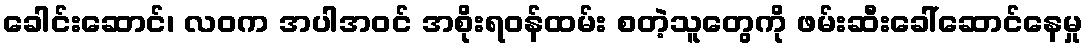
ခေါင်းဆောင်၊ လဝက အပါအဝင် အစိုးရဝန်ထမ်း စတဲ့သူတွေကို ဖမ်းဆီးခေါ်ဆောင်နေမှု